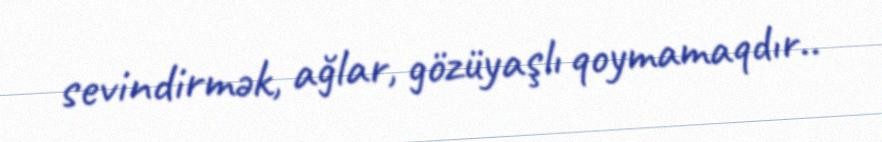
sevindirmək, ağlar, gözüyaşlı qoymamaqdır..